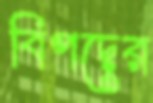
বিপদের